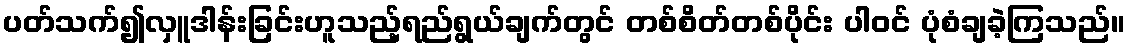
ပတ်သက်၍လှူဒါန်းခြင်းဟူသည့်ရည်ရွယ်ချက်တွင် တစ်စိတ်တစ်ပိုင်း ပါဝင် ပုံစံချခဲ့ကြသည်။